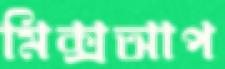
মিক্সআপ